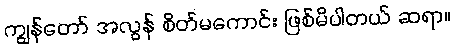
ကျွန်တော် အလွန် စိတ်မကောင်း ဖြစ်မိပါတယ် ဆရာ။